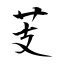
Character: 芰